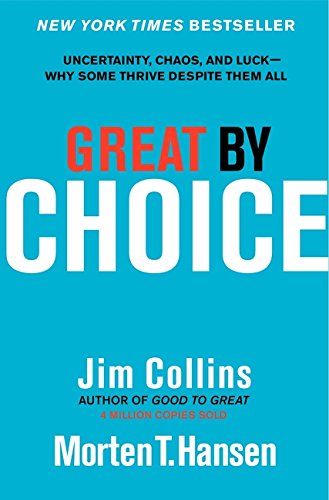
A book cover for Great by Choice: Uncertainty, Chaos, and Luck--Why Some Thrive Despite Them All; Jim Collins; Business & Money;